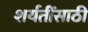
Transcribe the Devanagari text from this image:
शर्यतींसाठी